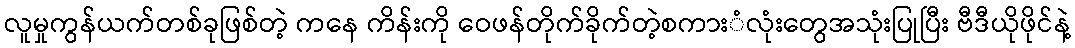
လူမှုကွန်ယက်တစ်ခုဖြစ်တဲ့ ကနေ ကိန်းကို ဝေဖန်တိုက်ခိုက်တဲ့စကားံလုံးတွေအသုံးပြုပြီး ဗီဒီယိုဖိုင်နဲ့